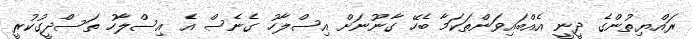
ރައްޔިތުންގެ ދީނީ އެއްބައިވަންތަކަމާ ބެހޭ ގާނޫނަށް އިސްލާހު ގެނެސް އެ އިސްލާހު ތަސްދީގުކުރީ